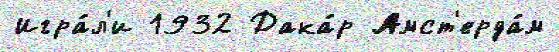
Игра́л'и 1932 Дака́р Амст'ерда́м